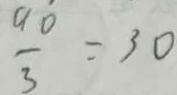
\frac { 9 0 } { 3 } = 3 0